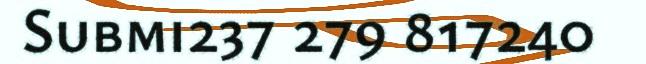
Submi237 279 817240